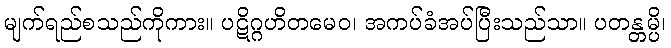
မျက်ရည်စသည်ကိုကား။ ပဋိဂ္ဂဟိတမေဝ၊ အကပ်ခံအပ်ပြီးသည်သာ။ ပတန္တမ္ပိ၊